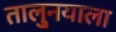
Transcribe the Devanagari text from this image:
तालु्नयाला